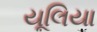
યૂલિયા